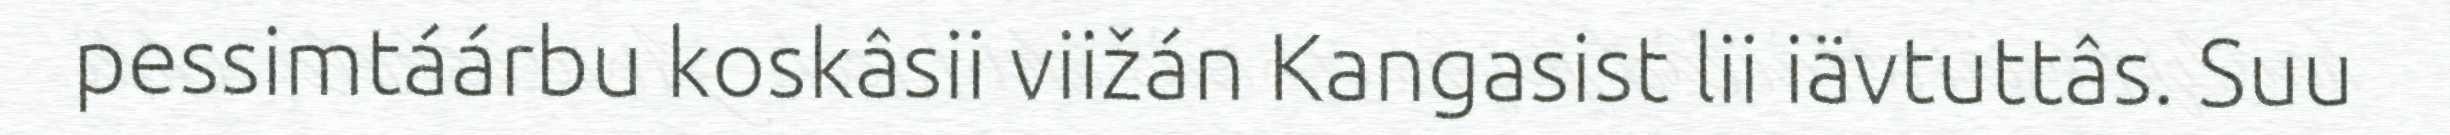
pessimtáárbu koskâsii viižán Kangasist lii iävtuttâs. Suu